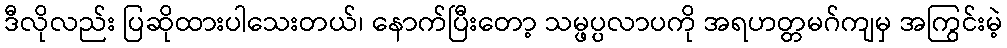
ဒီလိုလည်း ပြဆိုထားပါသေးတယ်၊ နောက်ပြီးတော့ သမ္ဖပ္ပလာပကို အရဟတ္တမဂ်ကျမှ အကြွင်းမဲ့